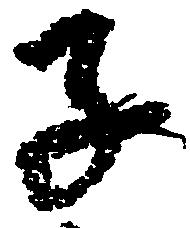
子